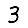
Digit: 3